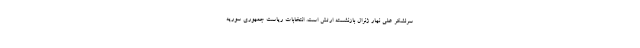
سرلشکر علی نهار ژنرال بازنشسته ارتش است. انتخابات ریاست جمهوری سوریه